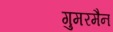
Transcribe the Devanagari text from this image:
गुमरमैन